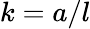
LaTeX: k=a/l